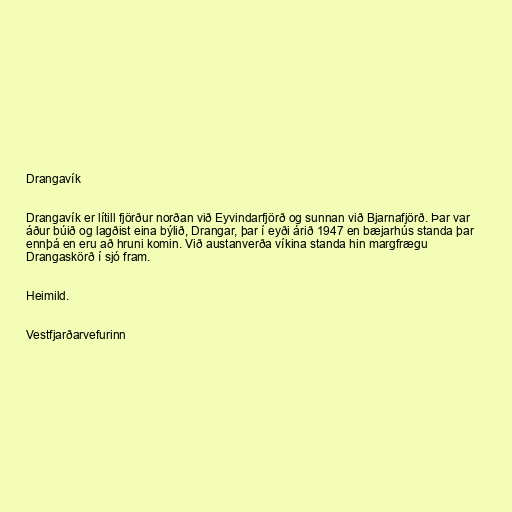
Drangavík

Drangavík er lítill fjörður norðan við Eyvindarfjörð og sunnan við Bjarnafjörð. Þar var
áður búið og lagðist eina býlið, Drangar, þar í eyði árið 1947 en bæjarhús standa þar
ennþá en eru að hruni komin. Við austanverða víkina standa hin margfrægu
Drangaskörð í sjó fram.

Heimild.

Vestfjarðarvefurinn